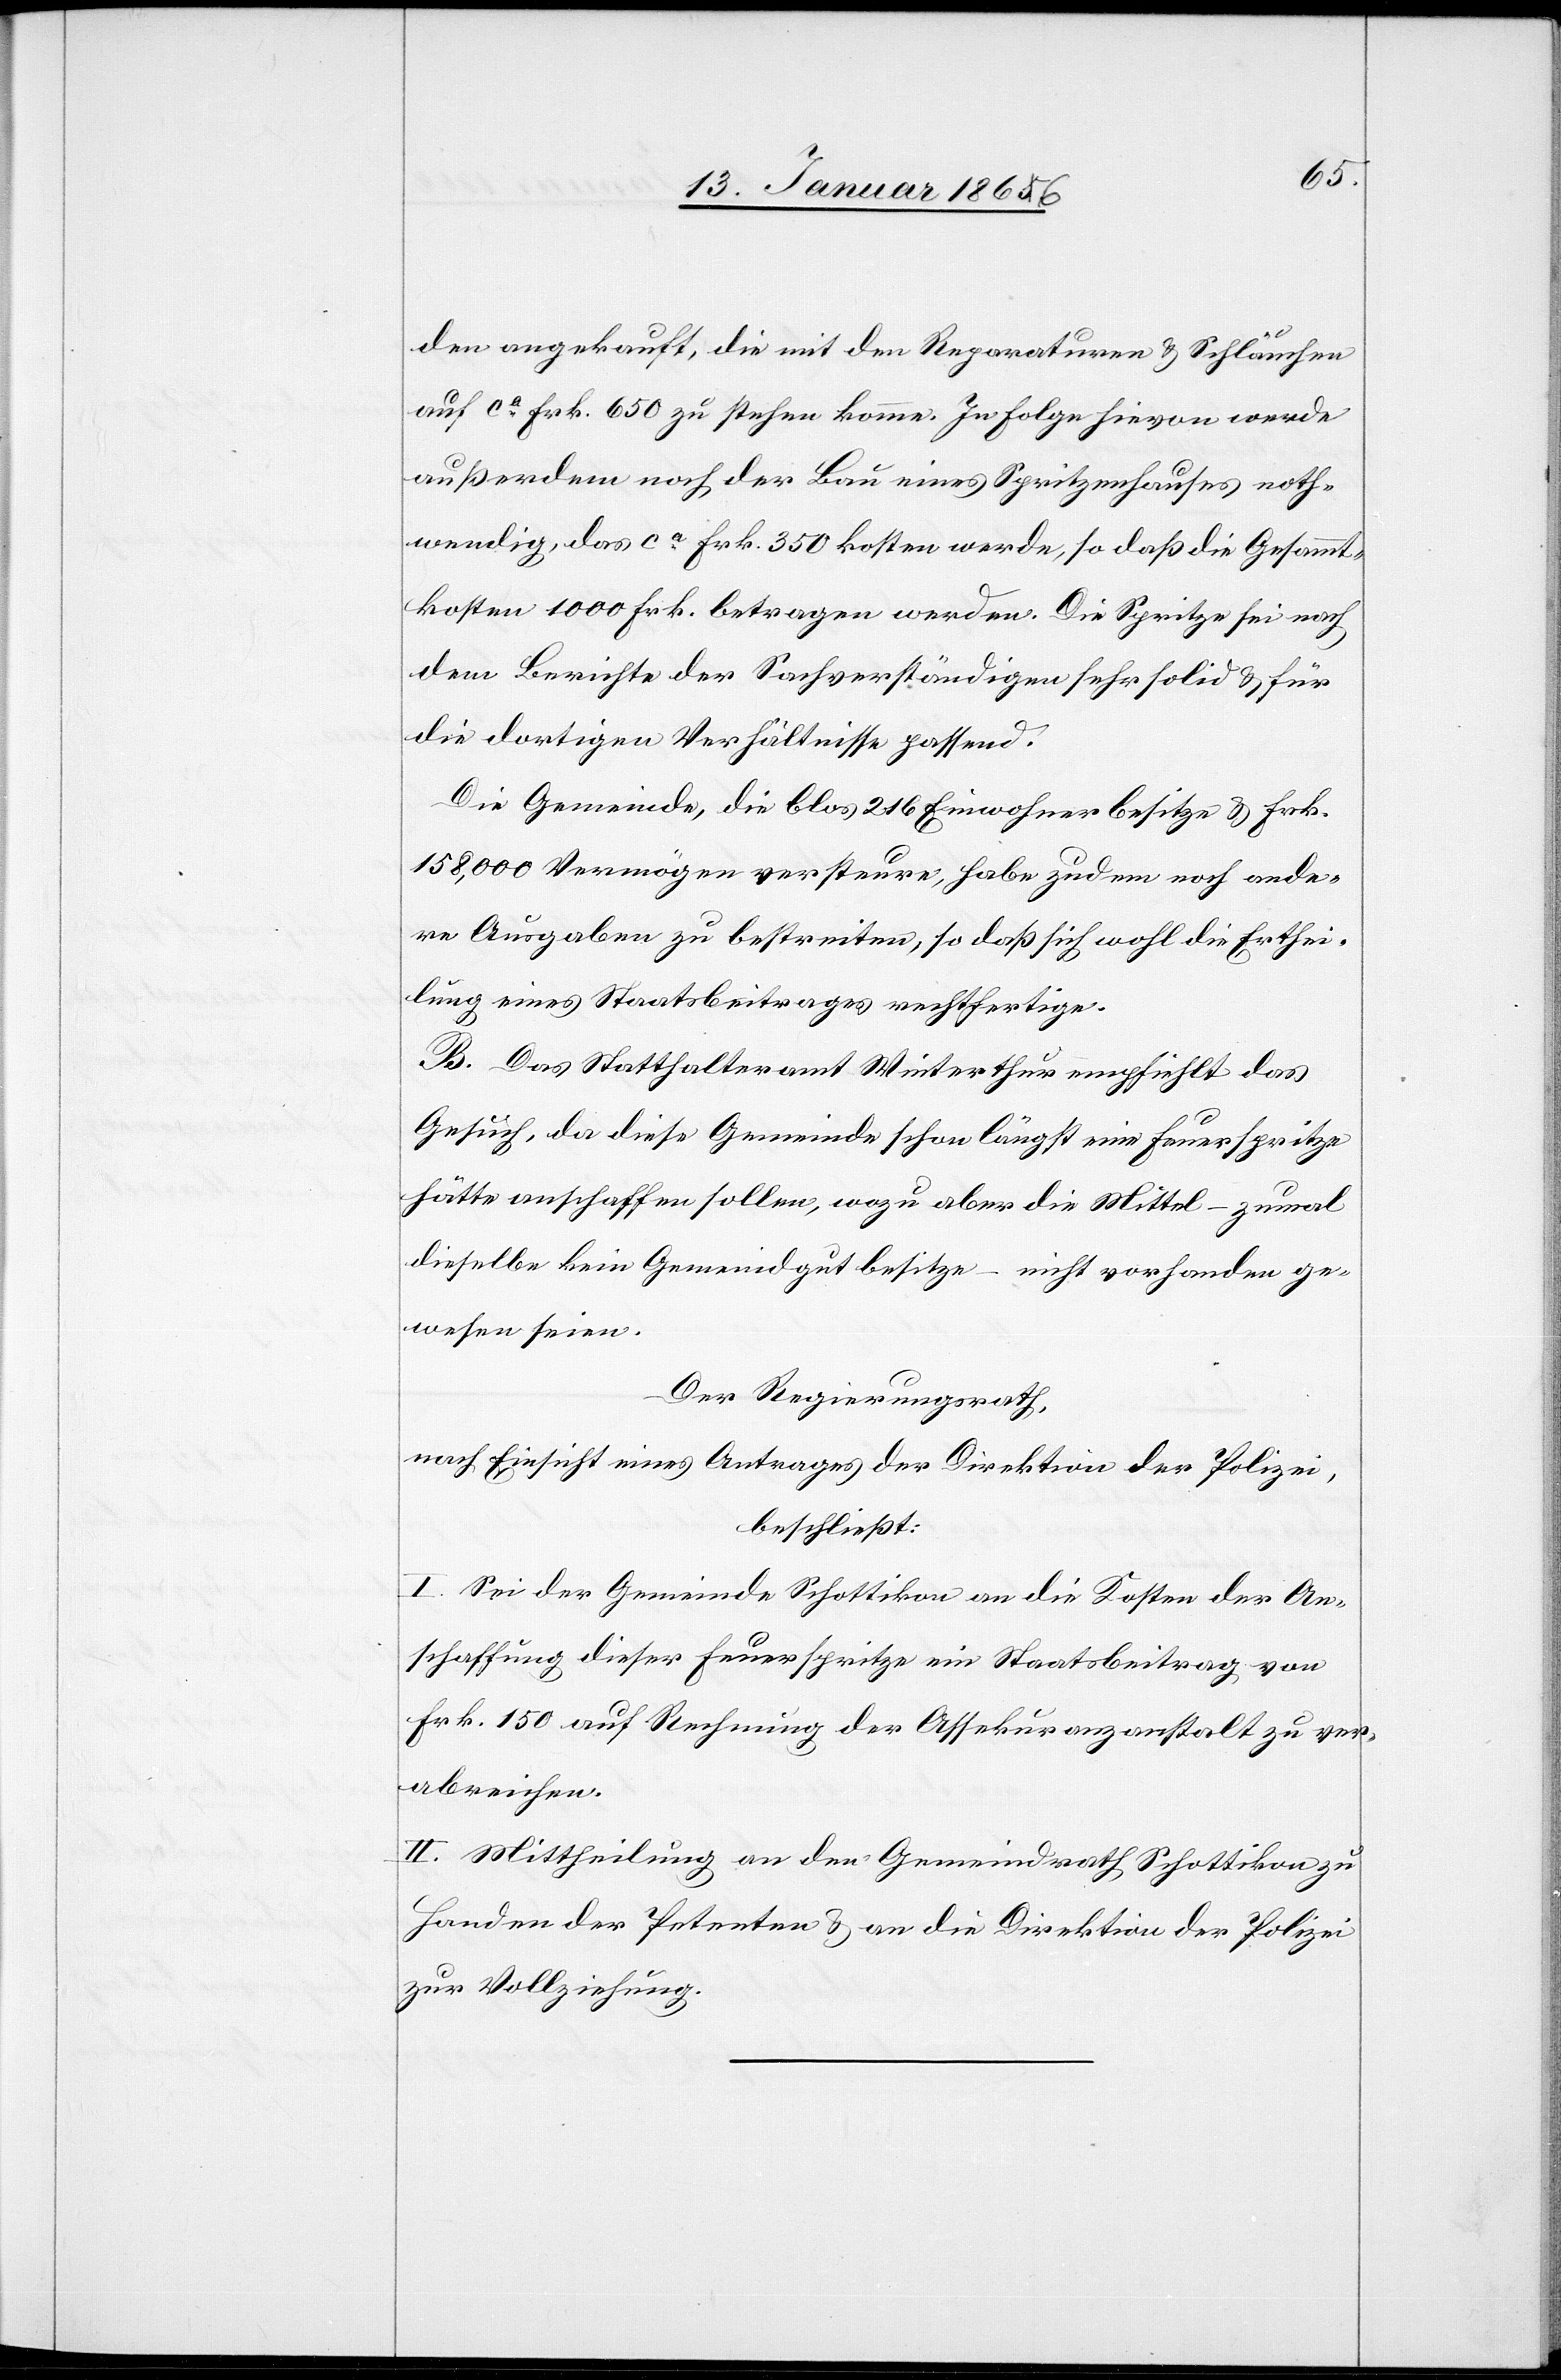
den angekauft, die mit den Reparaturen u. Schläuchen
auf ca. Frk. 650 zu stehen komme. In Folge hievon werde
außerdem noch der Bau eines Spritzenhauses noth¬
wendig, das ca. Frk. 350 kosten werde, so daß die Gesammt¬
kosten 1000 Frk. betragen werden. Die Spritze sei nach
dem Berichte der Sachverständigen sehr solid u. für
die dortigen Verhältnisse passend.
Die Gemeinde, die blos 216 Einwohner besitze u. Frk.
158 000 Vermögen versteure, habe zudem noch ande¬
re Ausgaben zu bestreiten, so daß sich wohl die Erthei¬
lung eines Staatsbeitrages rechtfertige.
B. Das Statthalteramt Winterthur empfiehlt das
Gesuch, da diese Gemeinde schon längst eine Feuerspritze
hätte anschaffen sollen, wozu aber die Mittel – zumal
dieselbe kein Gemeindgut besitze – nicht vorhanden ge¬
wesen seien.
Der Regierungsrath,
nach Einsicht eines Antrages der Direktion der Polizei,
beschließt:
I. Sei der Gemeinde Schottikon an die Kosten der An¬
schaffung dieser Feuerspritze ein Staatsbeitrag von
Frk. 150 auf Rechnung der Assekuranzanstalt zu ver¬
abreichen.
II. Mittheilung an den Gemeindrath Schottikon zu
Handen der Petenten u. an die Direktion der Polizei
zur Vollziehung.